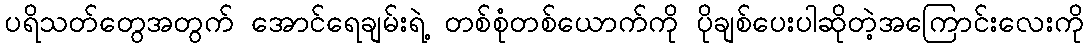
ပရိသတ်တွေအတွက် အောင်ရေချမ်းရဲ့ တစ်စုံတစ်ယောက်ကို ပိုချစ်ပေးပါဆိုတဲ့အကြောင်းလေးကို